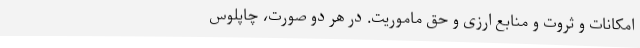
امکانات و ثروت و منابع ارزی و حقِ ماموریت. در هر دو صورت، چاپلوس